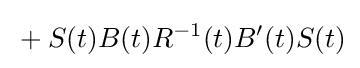
{}+S(t)B(t)R^{-1}(t)B'(t)S(t)